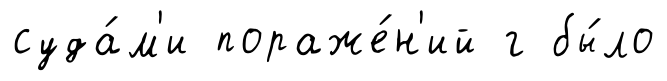
суда́м'и пораже́н'ий г бы́ло